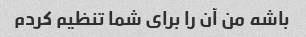
باشه من آن را برای شما تنظیم کردم